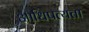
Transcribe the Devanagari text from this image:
आधिपत्यता